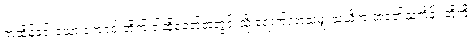
ကထိန်ခင်းသော ကျောင်းတိုက် ဝါဆိုခေတ်အတွင်းသို့ ရောက်လာသမျှ သံဃိက အဝတ်သင်္ကန်း တို့ကို